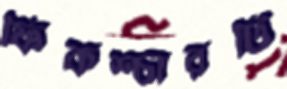
ফিকশ্চারটি